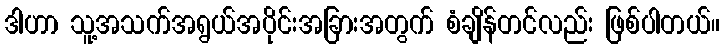
ဒါဟာ သူ့အသက်အရွယ်အပိုင်းအခြားအတွက် စံချိန်တင်လည်း ဖြစ်ပါတယ်။